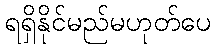
ရရှိနိုင်မည်မဟုတ်ပေ